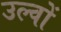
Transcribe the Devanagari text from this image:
उल्वों